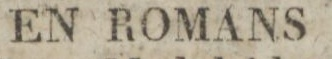
EN ROMANS